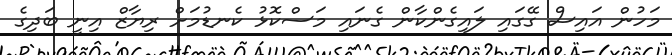
މަހުން އައިސް ގޭގައި ލައިގެންކާން ގެނައި މަސްކޮޅު ކެނޑުމަށް ރިޔާޒް އިނީ ބަދިގެ